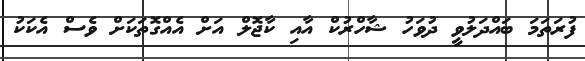
ފުރަތަމަ ބައްދަލުވީ ދުވަހު ޝާހްރުކް އާއި ކާޖޮލް އަށް އެއްގޮތަކަށް ވެސް އެކަކު